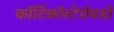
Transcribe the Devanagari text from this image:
कॉर्टिकॉस्टेरॉयडों